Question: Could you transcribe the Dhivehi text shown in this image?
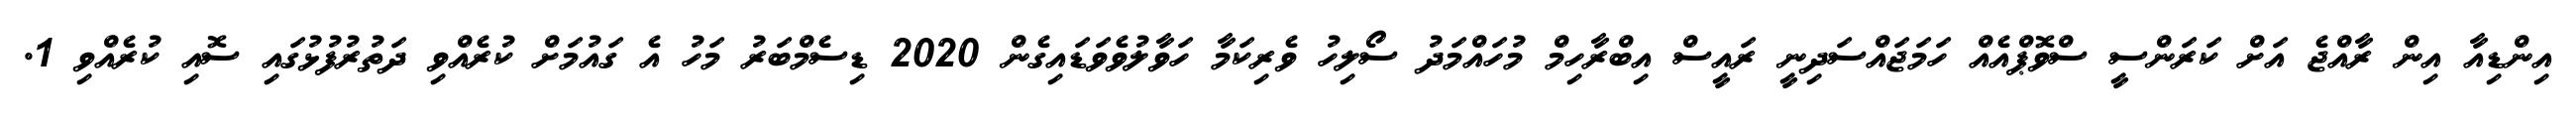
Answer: އިންޑިއާ އިން ރާއްޖެ އަށް ކަރަންސީ ސްވޮޕްއެއް ހަމަޖައްސަދިނީ ރައީސް އިބްރާހިމް މުހައްމަދު ސޯލިހު ވެރިކަމާ ހަވާލުވެވަޑައިގެން 2020 ޑިސެމްބަރު މަހު އެ ގައުމަށް ކުރެއްވި ދަތުރުފުޅުގައި ސޮއި ކުރެއްވި 1.